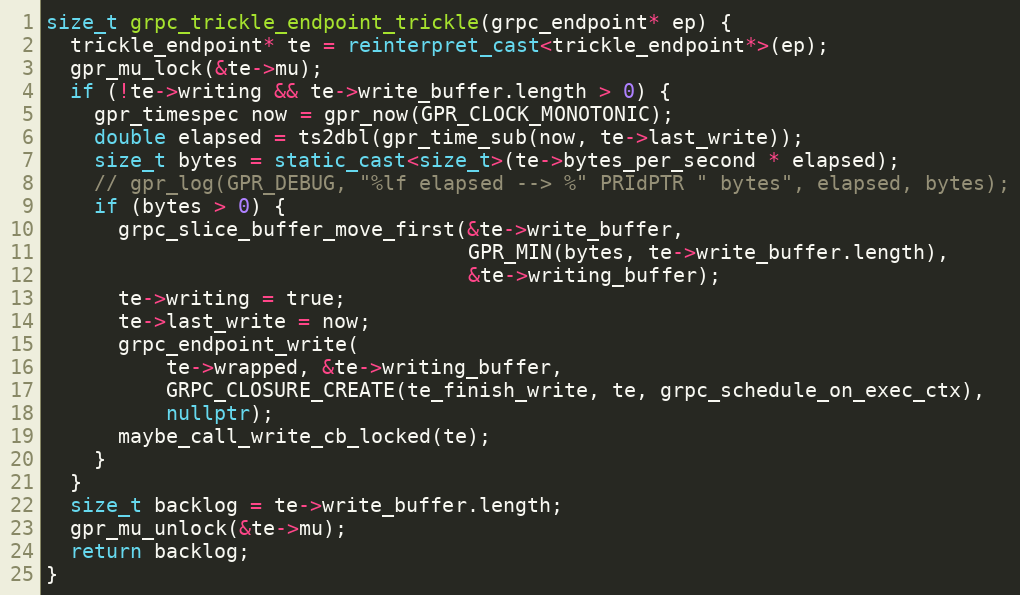
Language: C++
size_t grpc_trickle_endpoint_trickle(grpc_endpoint* ep) {
  trickle_endpoint* te = reinterpret_cast<trickle_endpoint*>(ep);
  gpr_mu_lock(&te->mu);
  if (!te->writing && te->write_buffer.length > 0) {
    gpr_timespec now = gpr_now(GPR_CLOCK_MONOTONIC);
    double elapsed = ts2dbl(gpr_time_sub(now, te->last_write));
    size_t bytes = static_cast<size_t>(te->bytes_per_second * elapsed);
    // gpr_log(GPR_DEBUG, "%lf elapsed --> %" PRIdPTR " bytes", elapsed, bytes);
    if (bytes > 0) {
      grpc_slice_buffer_move_first(&te->write_buffer,
                                   GPR_MIN(bytes, te->write_buffer.length),
                                   &te->writing_buffer);
      te->writing = true;
      te->last_write = now;
      grpc_endpoint_write(
          te->wrapped, &te->writing_buffer,
          GRPC_CLOSURE_CREATE(te_finish_write, te, grpc_schedule_on_exec_ctx),
          nullptr);
      maybe_call_write_cb_locked(te);
    }
  }
  size_t backlog = te->write_buffer.length;
  gpr_mu_unlock(&te->mu);
  return backlog;
}